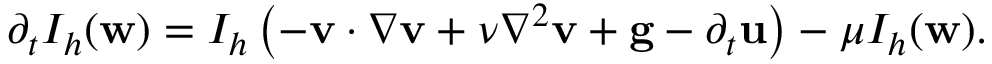
\begin{array} { r } { \partial _ { t } I _ { h } ( \mathbf { w } ) = I _ { h } \left( - \mathbf { v } \cdotp \nabla \mathbf { v } + \nu \nabla ^ { 2 } \mathbf { v } + \mathbf { g } - \partial _ { t } \mathbf { u } \right) - \mu I _ { h } ( \mathbf { w } ) . } \end{array}